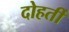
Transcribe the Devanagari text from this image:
दोहर्ती